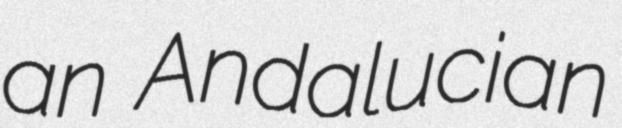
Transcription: an Andalucian